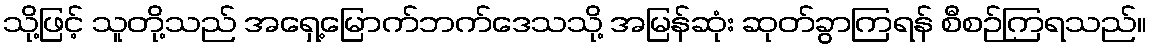
သို့ဖြင့် သူတို့သည် အရှေ့မြောက်ဘက်ဒေသသို့ အမြန်ဆုံး ဆုတ်ခွာကြရန် စီစဉ်ကြရသည်။